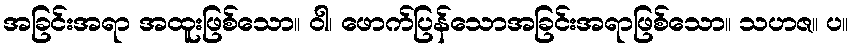
အခြင်းအရာ အထူးဖြစ်သော။ ဝါ၊ ဖောက်ပြန်သောအခြင်းအရာဖြစ်သော။ သဟဇ။ ပ။